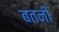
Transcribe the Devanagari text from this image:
बतनी